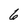
Character: 6